Calcutta medical institutions reports 1879-81 [i.e.91]
Year: 1879
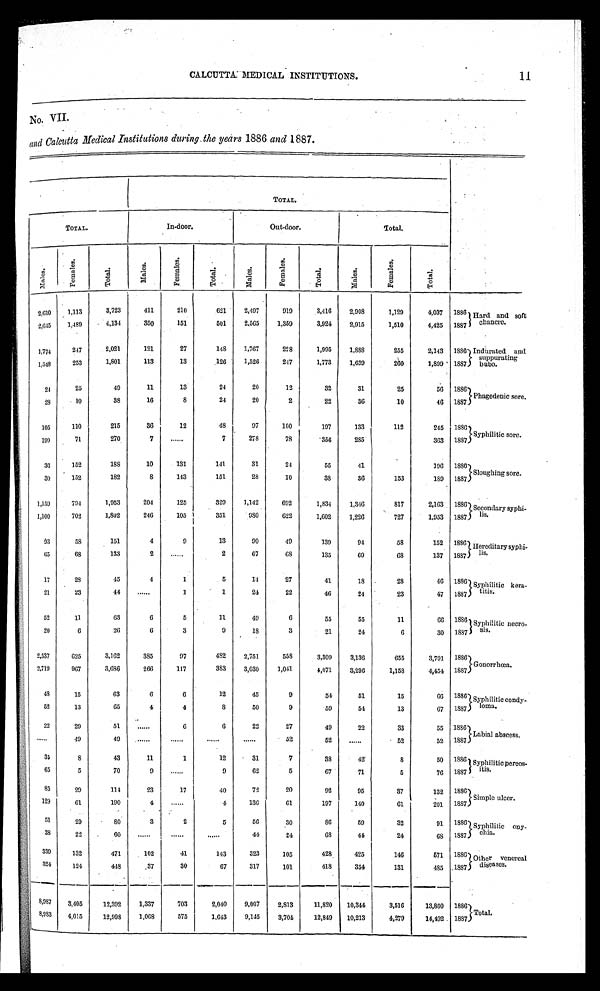
11
CALCUTTA MEDICAL INSTITUTIONS.
No. VII.
and Calcutta Medical Institutions during the years 1886 and 1887.
T O T A L .
T O T A L .
In-door.
Out-door.
Total.
M a l e s .
F e m a l e s .
T o t a l .
M a l e s .
F e m a l e s .
T o t a l .
M a l e s .
F e m a l e s .
T o t a l .
M a l e s .
F e m a l e s .
T o t a l .
2,610
1,113
3,723
411
210
621
2,497
919
3,416
2,908
1,129
4,037
1886
Hard and soft
chancre.
2,645
1,489
4 , 1 3 4
350
151
501
2,565
1,359
3,924
2,915
1,510
4,425
1887
1,774
2 4 7
2 , 0 2 1
121
27
148
1,767
228
1,995
1,888
255
2,143
1886 Indurated and
suppurating
bubo.
1,548
253
1,801
113
13
126
1,526
247
1,773
1,639
260
1,899
1887
24
25
49
11
13
24
20
12
32
31
25
56
1886
Phagedenic sore.
28
10
38
16
8
24
20
2
22
36
10
46
1 8 8 7
105
110
215
36
12
48
97
100
197
133
112
245
1886
Syphilitic sore.
199
71
270
7
. . .
7
278
78
356
285
363
1887
36
152
188
10
131
141
31
24
55
41
196
1886
Sloughing sore.
30
152
182
8
143
151
28
10
3 8
36
153
189
1887
1,159
794
1,953
204
125
329
1,142
692
1,834
1,346
817
2,163
1886 Secondary syphi-
lis.
1,100
702
1,802
246
105
351
980
622
1,602
1,226
727
1,953
1887
93
58
151
4
9
13
90
49
139
94
58
152
1886
Hereditary syphi-
lis.
65
68
133
2
. . .
2
67
68
135
69
68
137
1887
17
28
45
4
1
5
14
27
41
18
28
46
1886 Syphilitic kera-
titis.
21
2 3
44
. . .
1
1
2 4
22
46
24
23
47
1887
52
11
63
6
5
1 1
49
6
55
55
11
6 6
1886 Syphilitic
is
necro-
sis.
20
6
26
6
3
9
18
3
21
24
6
30
1887
2,537
6 2 5
3,162
385
97
482
2,751
558
3,309
3,136
655
3,791
1886
Gonorrhœa.
2,719
967
3,686
266
117
383
3,030
1,041
4,071
3,296
1,158
4,454
1887
48
15
63
6
6
12
45
9
54
51
15
66
1886 Syphilitic condy-
loma.
52
13
65
4
4
8
50
9
59
54
13
67
1887
22
29
51
. . .
6
6
22
27
49
22
33
55
1886
Labial abscess.
. . .
49
49
. . .
. . .
. . .
. . .
52
5 2
. . .
52
52
1887
35
8
43
11
1
12
31
7
38
42
8
50
1886 Syphilitic pereos-itis.
65
5
70
9
. . .
9
62
5
67
71
5
76 1887
85
29
114
23
17
40
72
20
92
95
37
132
1886
Simple ulcer.
129
61
190
4
. . .
4
136
61
197
140
61
201
1887
51
29
8 0
3
2
5
56
30
86
59
32
91
1886 Syphiliti ony-
chia.
38
22
60
. . .
. . .
. . .
44
24
68
41
24
68
1887
339
132
471
102
41
143
323
105
428
425
146
571
1886 Other venereal
diseases.
324
124
448
37
30
67
317
101
418
354
131
485
1887
8,987
3,405
12,392
1,337
703
2,040
9,007
2,813
11,820
10,344
3,516
13,860
1886
Total.
8,983
4,015
12,998
1,068
575
1,643
9,145
3,704
12,849
10,213
4,279
14,492
1887